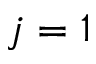
j = 1